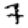
Digit: 7